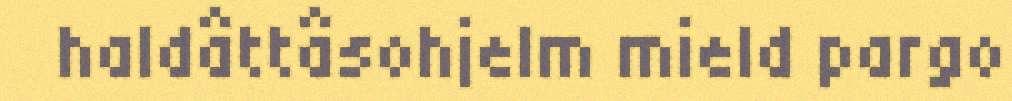
haldâttâsohjelm mield pargo